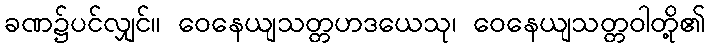
ခဏ၌ပင်လျှင်။ ဝေနေယျသတ္တဟဒယေသု၊ ဝေနေယျသတ္တဝါတို့၏